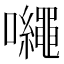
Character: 𡅠